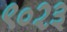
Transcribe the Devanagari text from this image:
९०२३